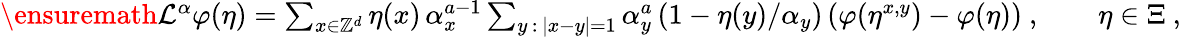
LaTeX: \begin{array}{r}{\ensuremath{\mathcal L}^{\alpha}\varphi(\eta)=\sum_{x\in{\mathbb Z}^{d}}\eta(x)\, \alpha_{x}^{a-1}\sum_{y\, :\, |x-y|=1}\alpha_{y}^{a}\left(1-\eta(y)/\alpha_{y}\right)\left(\varphi(\eta^{x,y})-\varphi(\eta)\right)\ ,\qquad\eta\in\Xi\ ,}\end{array}